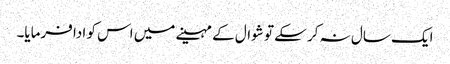
ایک سال نہ کر سکے تو شوال کے مہینے میں اس کو ادا فرمایا۔